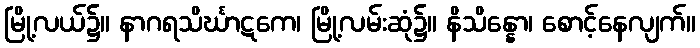
မြို့လယ်၌။ နာဂရသိင်္ဃာဋကေ၊ မြို့လမ်းဆုံ၌။ နိသိန္နော၊ စောင့်နေလျက်။